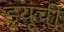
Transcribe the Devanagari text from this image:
ड्यूची